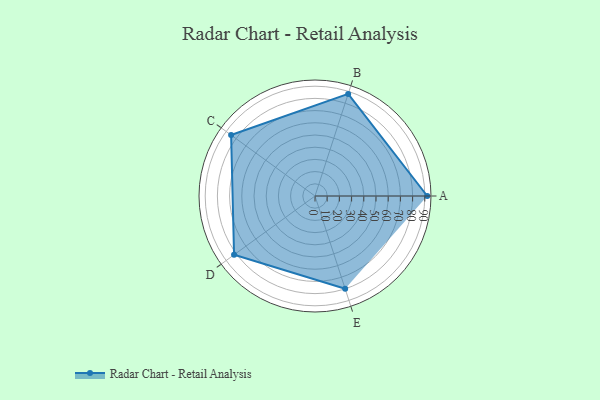
{"axis": {"x": "Skill", "y": "Score"}, "legend": ["Profile"], "data": [{"x": "A", "y": 92.0, "type": "Profile"}, {"x": "B", "y": 88.0, "type": "Profile"}, {"x": "C", "y": 85.0, "type": "Profile"}, {"x": "D", "y": 82.0, "type": "Profile"}, {"x": "E", "y": 80.0, "type": "Profile"}]}